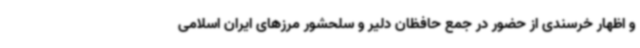
و اظهار خرسندی از حضور در جمع حافظان دلیر و سلحشور مرزهای ایران اسلامی